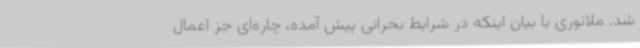
شد. ملانوری با بیان اینکه در شرایط بحرانی پیش آمده، چاره‌ای جز اعمال